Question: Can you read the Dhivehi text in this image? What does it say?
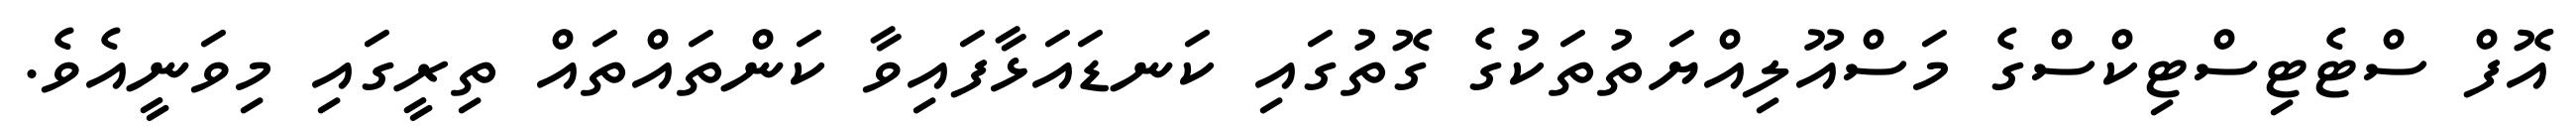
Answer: އޮފް ސްޓެޓިސްޓިކްސްގެ މަސްއޫލިއްޔަތުތަކުގެ ގޮތުގައި ކަނޑައަޅާފައިވާ ކަންތައްތައް ތިރީގައި މިވަނީއެވެ.